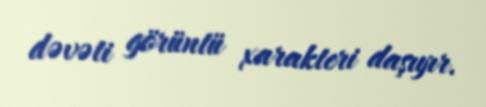
dəvəti görüntü xarakteri daşıyır.